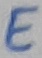
Text: E